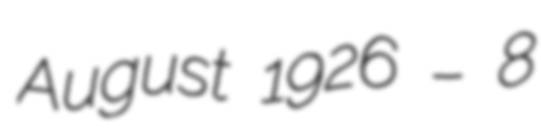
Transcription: August 1926 – 8